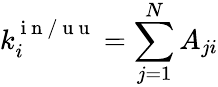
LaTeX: k_{i}^{\mathrm{~i~n~/~u~u~}}=\sum_{j=1}^{N}A_{ji}